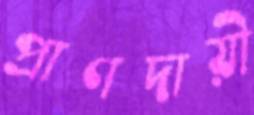
প্রাণদায়ী